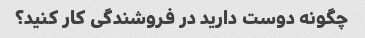
چگونه دوست دارید در فروشندگی کار کنید؟